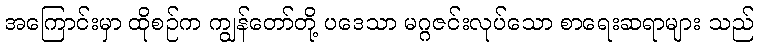
အကြောင်းမှာ ထိုစဉ်က ကျွန်တော်တို့ ပဒေသာ မဂ္ဂဇင်းလုပ်သော စာရေးဆရာများ သည်